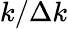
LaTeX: k/\Delta k